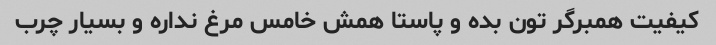
کیفیت همبرگر تون بده و پاستا همش خامس مرغ نداره و بسیار چرب